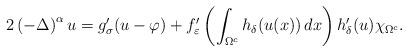
LaTeX: \begin{align*}2\left(-\Delta\right)^\alpha u = g'_\sigma(u-\varphi)+f'_\varepsilon\left(\int_{\Omega^c} h_\delta(u(x))\,d x\right)h'_\delta(u) \chi_{\Omega^c}.\end{align*}